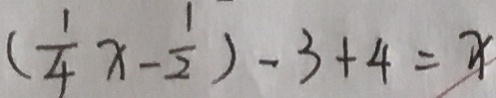
( \frac { 1 } { 4 } x - \frac { 1 } { 2 } ) - 3 + 4 = x